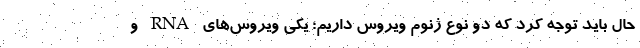
حال باید توجه کرد که دو نوع ژنوم ویروس داریم؛ یکی ویروس‌های RNA و